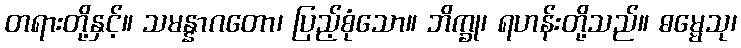
တရားတို့နှင့်။ သမန္နာဂတော၊ ပြည့်စုံသော။ ဘိက္ခု၊ ရဟန်းတို့သည်။ ဓမ္မေသု၊